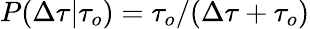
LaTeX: P(\Delta\tau\vert\tau_{o})=\tau_{o}/(\Delta\tau+\tau_{o})